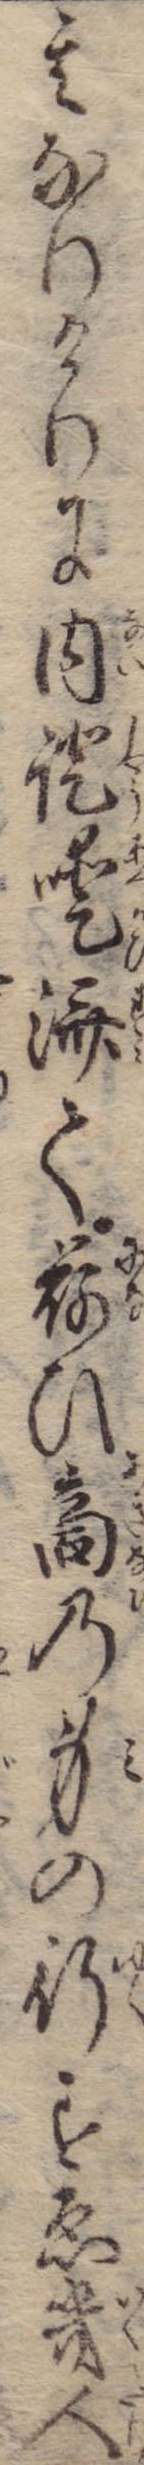
其なりけりに内証済て荷ひ商の身の行すゑ幾人